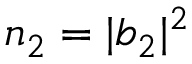
n _ { 2 } = | b _ { 2 } | ^ { 2 }